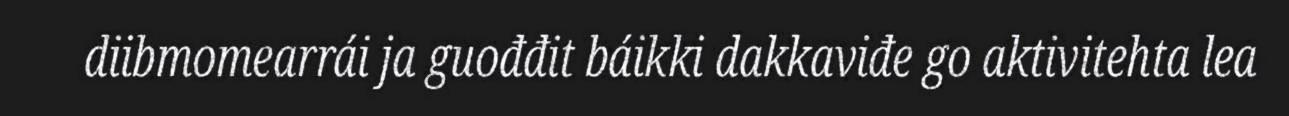
diibmomearrái ja guođđit báikki dakkaviđe go aktivitehta lea